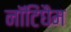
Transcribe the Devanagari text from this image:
नॉटिंघैम